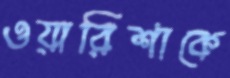
ওয়ারিশাকে